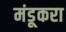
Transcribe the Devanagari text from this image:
मंडूकरा